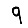
Digit: 9